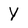
Character: Y